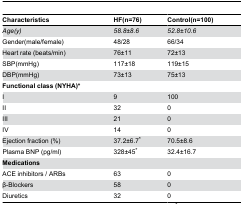
| Characteristics | HF(n=76) | Control(n=100) |
 | --- | --- | --- |
 | Age(y) | 58.8±8.6 | 52.8±10.6 |
 | Gender(male/female) | 48/28 | 66/34 |
 | Heart rate (beats/min) | 76±11 | 72±13 |
 | SBP(mmHg) | 117±18 | 119±15 |
 | DBP(mmHg) | 73±13 | 75±13 |
 | <COLSPAN=3> Functional class (NYHA)* |
 | I | 9 | 100 |
 | II | 32 | 0 |
 | III | 21 | 0 |
 | IV | 14 | 0 |
 | Ejection fraction (%) | 37.2±6.7* | 70.5±8.6 |
 | Plasma BNP (pg/ml) | 328±45* | 32.4±16.7 |
 | <COLSPAN=3> Medications |
 | ACE inhibitors / ARBs | 63 | 0 |
 | β-Blockers | 58 | 0 |
 | Diuretics | 32 | 0 |